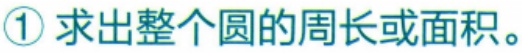
\textcircled{1}求出整个圆的周长或面积。